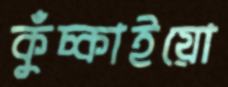
কুঁচ্‌কাইয়ো